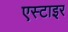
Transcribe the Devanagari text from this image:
एस्टाइर